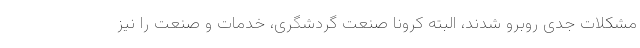
مشکلات جدی روبرو شدند، البته کرونا صنعت گردشگری، خدمات و صنعت را نیز